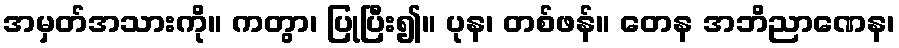
အမှတ်အသားကို။ ကတွာ၊ ပြုပြီး၍။ ပုန၊ တစ်ဖန်။ တေန အဘိညာဏေန၊